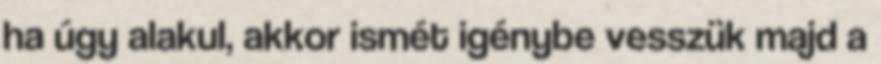
ha úgy alakul, akkor ismét igénybe vesszük majd a